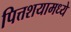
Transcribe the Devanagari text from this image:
पित्तशयामध्ये